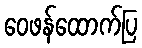
ဝေဖန်ထောက်ပြ